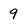
Character: 9